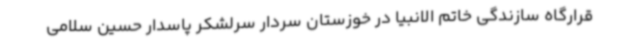
قرارگاه سازندگی خاتم الانبیا در خوزستان سردار سرلشکر پاسدار حسین سلامی